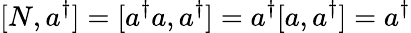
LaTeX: [N,a^{\dagger}]=[a^{\dagger}a,a^{\dagger}]=a^{\dagger}[a,a^{\dagger}]=a^{\dagger}